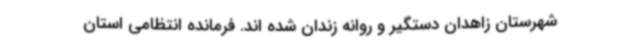
شهرستان زاهدان دستگیر و روانه زندان شده اند. فرمانده انتظامی استان